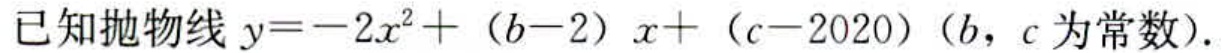
已知抛物线\(y = - 2x^{2}+(b - 2)x+(c - 2020)\)（\(b\)，\(c\)为常数）.